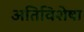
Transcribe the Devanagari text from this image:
अतिविशेषा